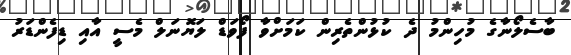
ބާސެލޯނާގެ މުހިންމު ދެ ކުޅުންތެރިން ކަމަށްވާ ފޯވަޑް ލަޔޮނަލް މެސީ އާއި ޑިފެންޑަރު